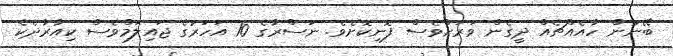
ބޭނުން ހާއެއްޗެއް ދީގެން ވަރަށްވެސް ފޮނިކޮށެވެ. ނަސްރާގެ 10 އަހަރުގެ ޖައިލަމްވެސް ކިއާރާދެކެ